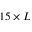
1 5 \times L